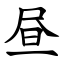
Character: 昼